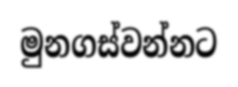
මුනගස්වන්නට